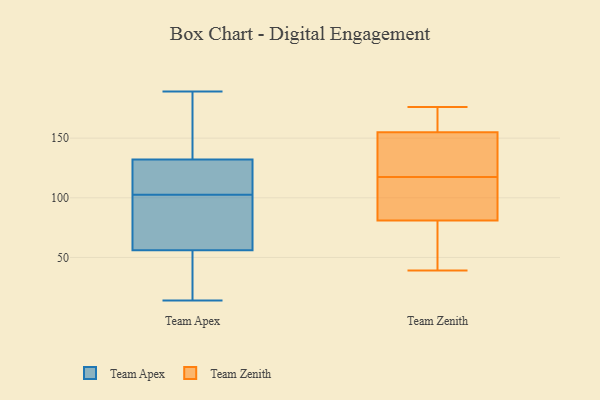
{"axis": {"x": "Satisfaction Score", "y": "Value"}, "legend": ["Team Apex", "Team Zenith"], "data": [{"x": "", "y": 98, "type": "Team Apex"}, {"x": "", "y": 183, "type": "Team Apex"}, {"x": "", "y": 61, "type": "Team Apex"}, {"x": "", "y": 182, "type": "Team Apex"}, {"x": "", "y": 56, "type": "Team Apex"}, {"x": "", "y": 14, "type": "Team Apex"}, {"x": "", "y": 118, "type": "Team Apex"}, {"x": "", "y": 104, "type": "Team Apex"}, {"x": "", "y": 189, "type": "Team Apex"}, {"x": "", "y": 101, "type": "Team Apex"}, {"x": "", "y": 44, "type": "Team Apex"}, {"x": "", "y": 49, "type": "Team Apex"}, {"x": "", "y": 116, "type": "Team Apex"}, {"x": "", "y": 132, "type": "Team Apex"}, {"x": "", "y": 45, "type": "Team Zenith"}, {"x": "", "y": 81, "type": "Team Zenith"}, {"x": "", "y": 115, "type": "Team Zenith"}, {"x": "", "y": 145, "type": "Team Zenith"}, {"x": "", "y": 155, "type": "Team Zenith"}, {"x": "", "y": 169, "type": "Team Zenith"}, {"x": "", "y": 176, "type": "Team Zenith"}, {"x": "", "y": 120, "type": "Team Zenith"}, {"x": "", "y": 108, "type": "Team Zenith"}, {"x": "", "y": 39, "type": "Team Zenith"}]}